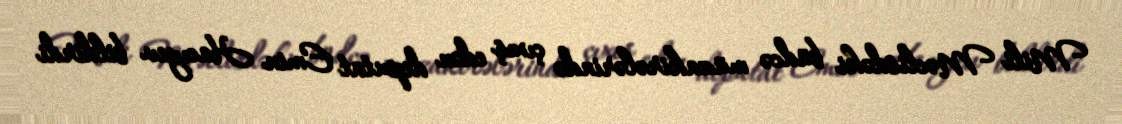
Mili Məclisdəki büdcə müzakirələrində çıxış edən deputat Emin Hacıyev bildirdi